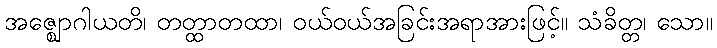
အဇ္ဈောဂါယတိ၊ တတ္ထာတထာ၊ ဝယ်ဝယ်အခြင်းအရာအားဖြင့်။ သံခိတ္တ၊ သော။